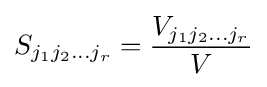
S_{j_{1}j_{2}\dots j_{r}}={\frac {V_{j_{1}j_{2}\dots j_{r}}}{V}}